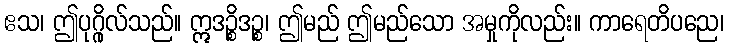
ဧသ၊ ဤပုဂ္ဂိုလ်သည်။ ဣဒဉ္စိဒဉ္စ၊ ဤမည် ဤမည်သော အမှုကိုလည်း။ ကာရေတိပညေ၊